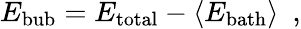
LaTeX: E_{\mathrm{bub}}=E_{\mathrm{total}}-\langle E_{\mathrm{bath}}\rangle~~,